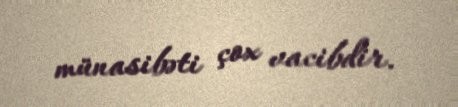
münasibəti çox vacibdir.